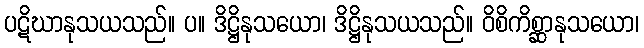
ပဋိဃာနုသယသည်။ ပ။ ဒိဋ္ဌိနုသယော၊ ဒိဋ္ဌိနုသယသည်။ ဝိစိကိစ္ဆာနုသယော၊